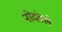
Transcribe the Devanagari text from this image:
नोदंवले